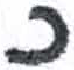
אות: כ